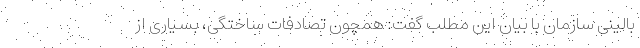
بالینی سازمان با بیان این مطلب گفت: همچون تصادفات ساختگی، بسیاری از